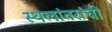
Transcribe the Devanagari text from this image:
स्थलांतरांची